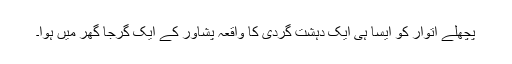
پچھلے اتوار کو ایسا ہی ایک دہشت گردی کا واقعہ پشاور کے ایک گرجا گھر میں ہوا۔